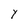
Character: Y